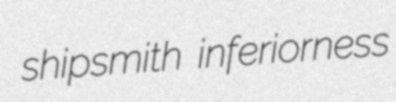
shipsmith inferiorness